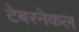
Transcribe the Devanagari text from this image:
टेबरनेकल